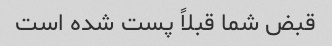
قبض شما قبلاً پست شده است